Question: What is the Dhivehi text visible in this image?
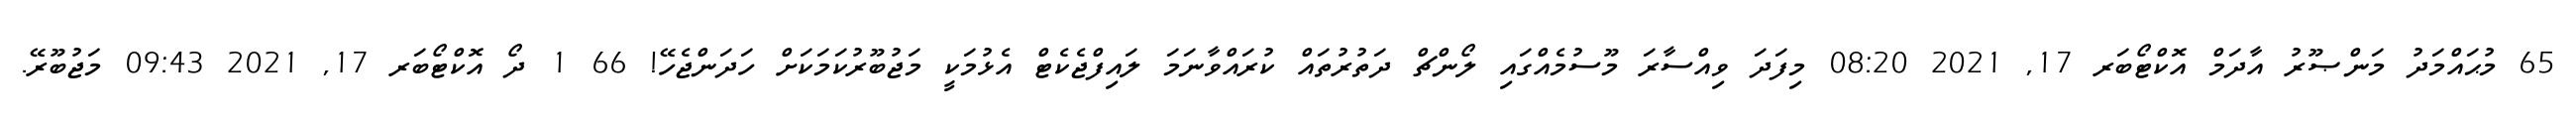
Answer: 65 މުޙައްމަދު މަންޞޫރު އާދަމް އޮކްޓޯބަރ 17, 2021 08:20 މިފަދަ ވިއްސާރަ މޫސުމެއްގައި ލޯންޗް ދަތުރުތައް ކުރައްވާނަމަ ލައިފްޖެކެޓް އެޅުމަކީ މަޖުބޫރުކަމަކަށް ހަދަންޖެހޭ! 66 1 ދޯ އޮކްޓޯބަރ 17, 2021 09:43 މަޖުބޫރޭ.